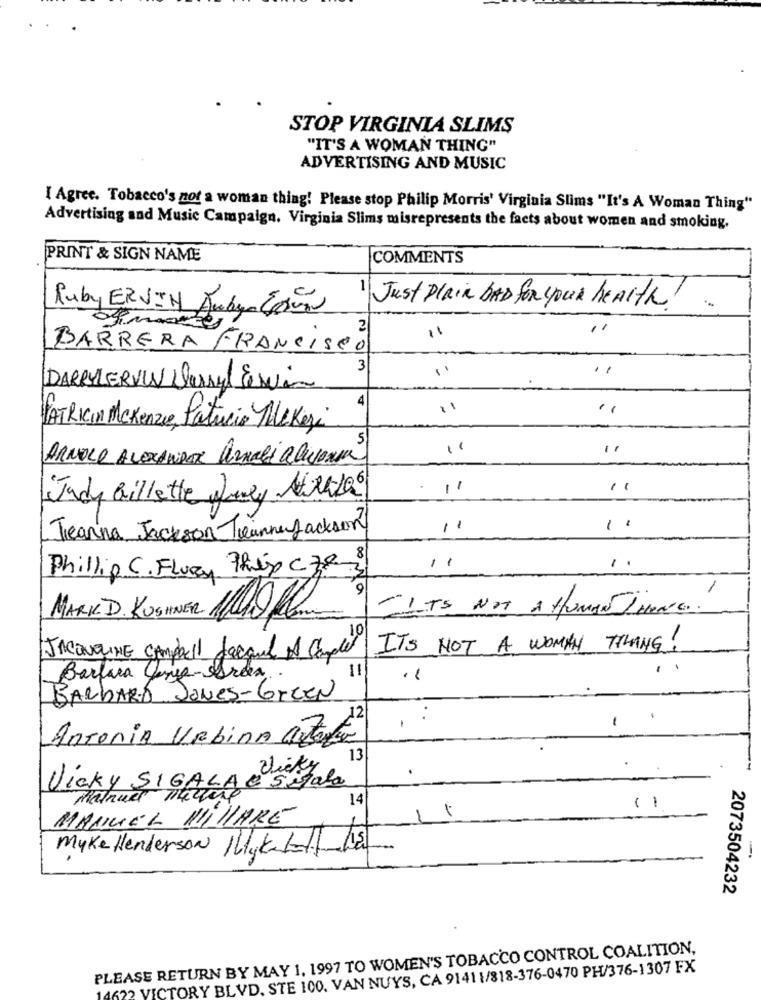
STOP VIRGINIA SLIMS
"IT'S A WOMAN THING"
ADVERTISING AND MUSIC
I Agree. Tobacco's not a woman thing! Please stop Philip Morris' Virginia Slims "It's A Woman Thing"
Advertising and Music Campaign. Virginia Slims misrepresents the facts about women and smoking.
PRINT & SIGN NAME
COMMENTS
Ruby ERVIN Aubur Con
Just Plain BAD for your health !.
ofimartes
BARRERA FRANCISCO
3
..
DARRYLERVW Darryl Servis
PATRICIn Mckenzie Patricio Merkezi
ARNOLD ALEXANDER Amalialivonia
11
Judy Gillette July Nrk105
Jeanna Jackson TeannenJackson
11
Phillip C. Flury Phip C 783
11
1
9
-IT'S NOT A HUMAN THERE ..
MARK D. KUSHNER 1/100 Ml
IT'S NOT A WOMAN THING !
JACONEINE Compell Jacquel A Couple
Barbara Conga-Area
BARBARA JONes-Green
-
Antonia URbina autoda
13
Vicky
.
Vicky SIGALA C Sigala
Manuel Turing
14
( 1
MANUEL MilLARE
Myke Henderson IllyKL115
-
2073504232
PLEASE RETURN BY MAY 1, 1997 TO WOMEN'S TOBACCO CONTROL COALITION,
4622 VICTORY BLVD. STE 100. VAN NUYS, CA 9141 1/818-376-0470 PH/376-1307 FX